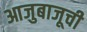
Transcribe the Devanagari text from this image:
आजुबाजूची